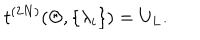
t ^ { ( 2 N ) } ( \Theta , \{ \lambda _ { i } \} ) = U _ { L } .